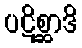
ပဋိစ္ဆာဒိ